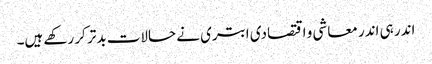
اندر ہی اندر معاشی و اقتصادی ابتری نے حالات بدتر کر رکھے ہیں۔